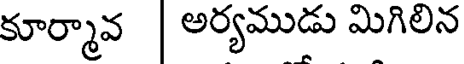
కూర్మావ | అర్యముడు మిగిలిన